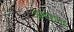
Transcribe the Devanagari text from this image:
आदेशना